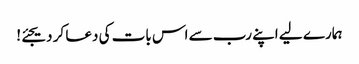
ہمارے لیے اپنے رب سے اس بات کی دعا کر دیجئے!